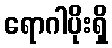
ရောဂါပိုးရှိ